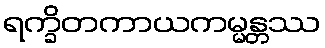
ရက္ခိတကာယကမ္မန္တဿ